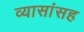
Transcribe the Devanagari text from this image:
व्यासांसह